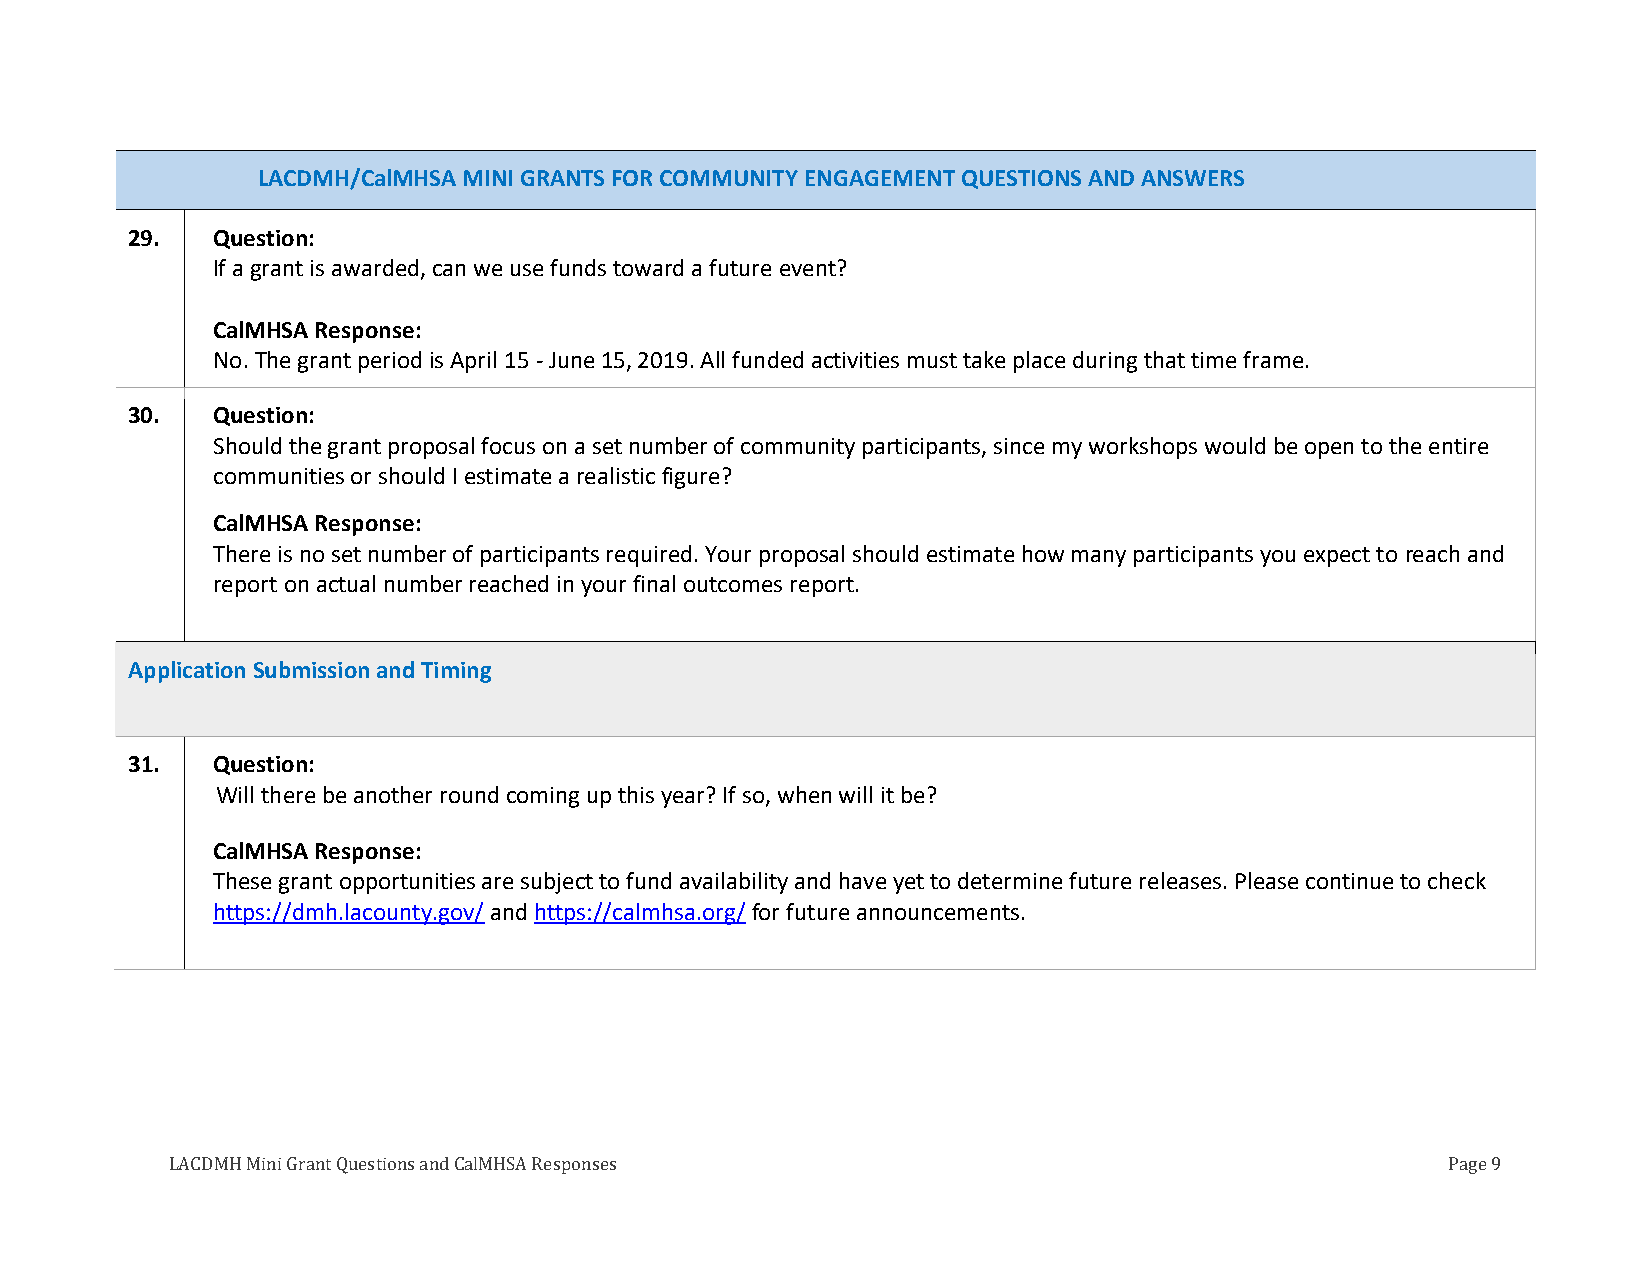
LACDMH/CalMHSA MINI GRANTS FOR COMMUNITY ENGAGEMENT QUESTIONS AND ANSWERS
 29.   Question:
 If a grant is awarded, can we use funds toward a future event?
 CalMHSA Response:
 No. The grant period is April 15 - June 15, 2019. All funded activities must take place during that time frame.
 30.   Question:
 Should the grant proposal focus on a set number of community participants, since my workshops would be open to the entire
 communities or should I estimate a realistic figure?
 CalMHSA Response:
 There is no set number of participants required. Your proposal should estimate how many participants you expect to reach and
 report on actual number reached in your final outcomes report.
 Application Submission and Timing
 31.   Question:
 Will there be another round coming up this year? If so, when will it be?
 CalMHSA Response:
 These grant opportunities are subject to fund availability and have yet to determine future releases. Please continue to check
 https://dmh.lacounty.gov/ and https://calmhsa.org/ for future announcements.
 LACDMH Mini Grant Questions and CalMHSA Responses                                    Page 9